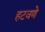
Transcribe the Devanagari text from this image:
हटवणे